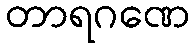
တာရဂဏေ